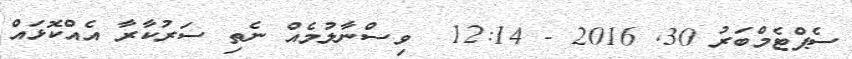
ސެޕްޓެމްބަރު 30